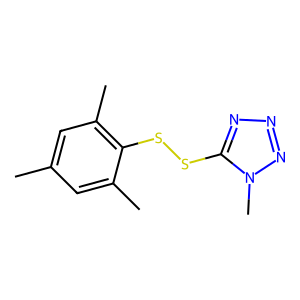
SMILES: Cc1cc(C)c(SSc2nnnn2C)c(C)c1
Inhibits HIV replication: No